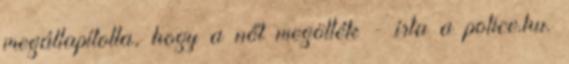
megállapította, hogy a nőt megölték - írta a police.hu.